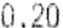
0.20